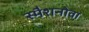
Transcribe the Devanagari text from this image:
स्मैशनोवा